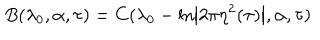
B ( \lambda _ { 0 } , \alpha , \tau ) = C ( \lambda _ { 0 } - \ln \left| 2 \pi \eta ^ { 2 } ( \tau ) \right| , \alpha , \tau )